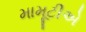
મામૂટીએ